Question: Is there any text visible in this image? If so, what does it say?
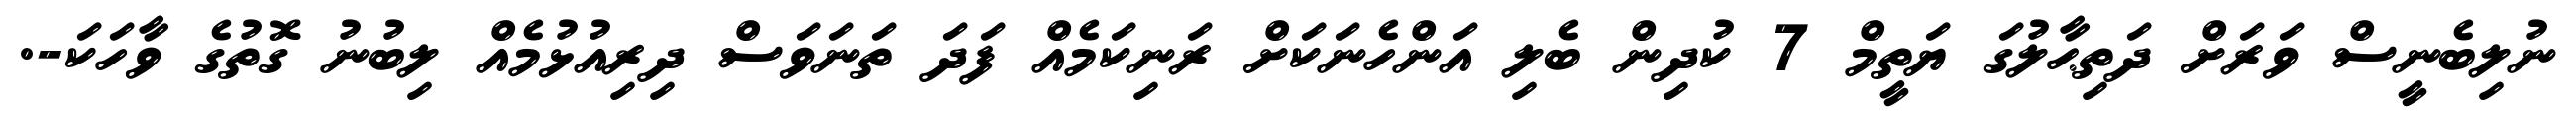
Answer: ނުލިބެނީސް ވަރަށް ދަތިޙާލުގަ ޔަތީމް 7 ކުދިން ބެލި އަންހެނަކަށް ރަނިކަމެއް ފަދަ ތަނަވަސް ދިރިއުޅުމެއް ލިބުނު ގޮތުގެ ވާހަކަ-.